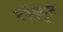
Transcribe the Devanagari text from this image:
कोंडवुन